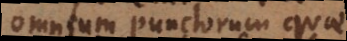
omnium punctorum quae